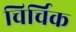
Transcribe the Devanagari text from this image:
चिर्चिक